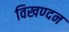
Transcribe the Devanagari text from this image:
विखण्दन